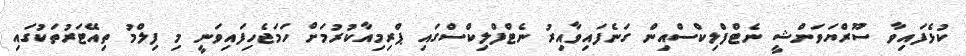
ކުޅެފައިވާ ސޫރްޔަވަންޝީ ނެޓްފްލިކްސްއިން ގަނެފައިވާއިރު ނެޓްފްލިކްސްގައި ޕްރިމިއާކުރުމަށް ހަމަޖެހިފައިވަނީ މި ފިލްމު ތިއޭޓަރުތަކުގައި